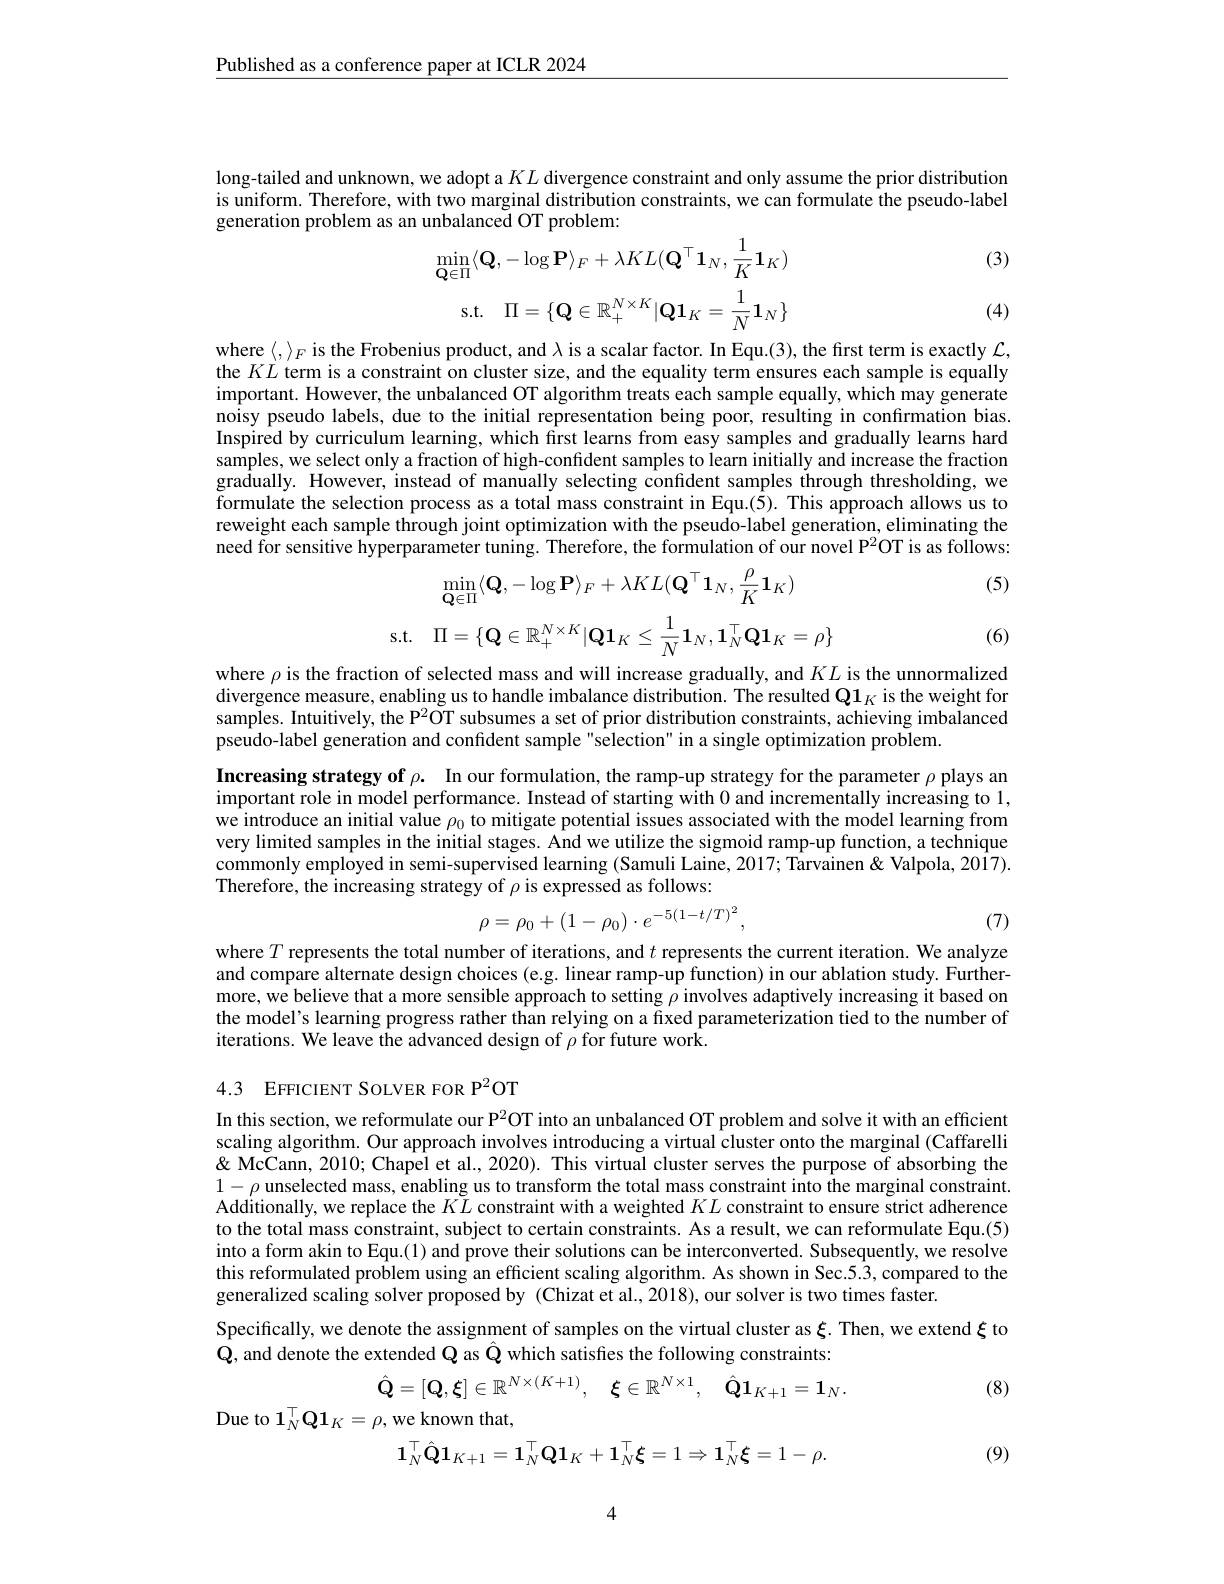
$\underline{\text{Published as a conference paper at ICLR 2024}}$

long-tailed and unknown, we adopt a $KL$ divergence constraint and only assume the prior distribution is uniform. Therefore, with two marginal distribution constraints, we can formulate the pseudo-label generation problem as an unbalanced OT problem:
$$\begin{aligned}&\operatorname*{min}_{\mathbf{Q}\in\Pi}\langle\mathbf{Q},-\log\mathbf{P}\rangle_{F}+\lambda KL(\mathbf{Q}^{\top}\mathbf{1}_{N},\frac{1}{K}\mathbf{1}_{K})\\&\mathrm{s.t.}\quad\Pi=\{\mathbf{Q}\in\mathbb{R}_{+}^{N\times K}|\mathbf{Q}\mathbf{1}_{K}=\frac{1}{N}\mathbf{1}_{N}\}\\\end{aligned}$$
(3)

(4)

where $\langle,\rangle_F$ is the Frobenius product, and $\lambda$ is a scalar factor. In Equ.(3), the first term is exactly $\mathcal{L}$, the $KL$ term is a constraint on cluster size, and the equality term ensures each sample is equally important. However, the unbalanced OT algorithm treats each sample equally, which may generate noisy pseudo labels, due to the initial representation being poor, resulting in confirmation bias. Inspired by curriculum learning, which first learns from easy samples and gradually learns hard samples, we select only a fraction of high-confident samples to learn initially and increase the fraction gradually. However, instead of manually selecting confident samples through thresholding, we formulate the selection process as a total mass constraint in Equ.(5). This approach allows us to reweight each sample through joint optimization with the pseudo-label generation, eliminating the need for sensitive hyperparameter tuning. Therefore, the formulation of our novel P$^{2}$OT is as follows:

(5)
$$\operatorname*{min}_{\mathbf{Q}\in\Pi}\langle\mathbf{Q},-\log\mathbf{P}\rangle_{F}+\lambda KL(\mathbf{Q}^{\top}\mathbf{1}_{N},\frac{\rho}{K}\mathbf{1}_{K})\\\mathrm{s.t.}\quad\Pi=\{\mathbf{Q}\in\mathbb{R}_{+}^{N\times K}|\mathbf{Q}\mathbf{1}_{K}\leq\frac{1}{N}\mathbf{1}_{N},\mathbf{1}_{N}^{\top}\mathbf{Q}\mathbf{1}_{K}=\rho\}$$
(6)

where $\rho$ is the fraction of selected mass and will increase gradually, and $KL$ is the unnormalized divergence measure, enabling us to handle imbalance distribution. The resulted $\mathbf{Q}\mathbf{1}_K$ is the weight for samples. Intuitively, the P$^2$OT subsumes a set of prior distribution constraints, achieving imbalanced pseudo-label generation and confident sample "selection" in a single optimization problem.

Increasing strategy of $\rho .$ In our formulation, the ramp-up strategy for the parameter $\rho$ plays an important role in model performance. Instead of starting with 0 and incrementally increasing to 1, we introduce an initial value $\rho_0$ to mitigate potential issues associated with the model learning from very limited samples in the initial stages. And we utilize the sigmoid ramp-up function, a technique $\dot{\text{commonly employed in semi-supervised learning (Samuli Laine, 2017; Tarvainen }\&}$ Valpola, 2017). Therefore, the increasing strategy of $\rho$ is expressed as follows:
$$\rho=\rho_0+(1-\rho_0)\cdot e^{-5(1-t/T)^2},$$
(7)

where $T$ represents the total number of iterations, and $t$ represents the current iteration. We analyze and compare alternate design choices (e.g. linear ramp-up function) in our ablation study. Furthermore, we believe that a more sensible approach to setting $\rho$ involves adaptively increasing it based on the model's learning progress rather than relying on a fixed parameterization tied to the number of iterations. We leave the advanced design of $\rho$ for future work.

4.3 EFFICIENT SOLVER FOR P$^2$OT

In this section, we reformulate our P$^{2}$OT into an unbalanced OT problem and solve it with an efficient scaling algorithm. Our approach involves introducing a virtual cluster onto the marginal (Caffarelli & ' T pose of abrpose of ating the ans $\&$ McCann, 2010; Chapel et al., 2020). This virtual cluster serves the purpose of absorbing the $1-\rho$ unselected mass, enabling us to transform the total mass constraint into the marginal constraint. Additionally, we replace the $K\tilde{L}$ constraint with a weighted $KL$ constraint to ensure strict adherence to the total mass constraint, subject to certain constraints. As a result, we can reformulate Equ.(5) into a form akin to Equ.(1) and prove their solutions can be interconverted. Subsequently, we resolve this reformulated problem using an efficient scaling algorithm. As shown in Sec.53, compared to the generalized scaling solver proposed by (Chizat et al., 2018), our solver is two times faster.
Specifically, we denote the assignment of samples on the virtual cluster as $\xi$. Then, we extend $\xi$ to
$\hat{\mathbf{Q}}$, and denote the extended $\tilde{\mathbf{Q}}$ as $\hat{\mathbf{Q}}$ which satisfies the following constraints:
$$\hat{\mathbf{Q}}=[\mathbf{Q},\boldsymbol{\xi}]\in\mathbb{R}^{N\times(K+1)},\quad\boldsymbol{\xi}\in\mathbb{R}^{N\times1},\quad\hat{\mathbf{Q}}\mathbf{1}_{K+1}=\mathbf{1}_{N}.$$
(8)

Due to $1_N^\top\mathbf{Q}\mathbf{1}_K=\rho$,we known that,
$$\mathbf{1}_N^\top\hat{\mathbf{Q}}\mathbf{1}_{K+1}=\mathbf{1}_N^\top\mathbf{Q}\mathbf{1}_K+\mathbf{1}_N^\top\boldsymbol{\xi}=1\Rightarrow\mathbf{1}_N^\top\boldsymbol{\xi}=1-\rho.$$
(9)

4